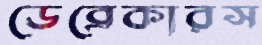
ডেব্রেকারস